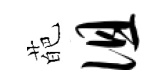
葩徂